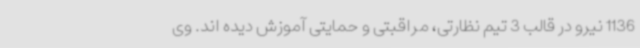
1136 نیرو در قالب 3 تیم نظارتی، مراقبتی و حمایتی آموزش دیده اند. وی